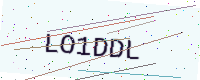
Text: LO1DDL